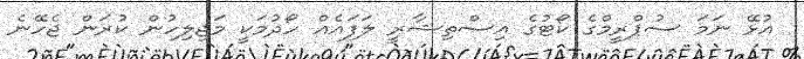
އުޅޭ ނަމަ ސުޕްރީމްގެ ކޯޓުގެ އިސްތިޝާރީ ލަފައެއް ހޯދުމަކީ މަޖިލިހުން ކުރަން ޖެހޭނެ